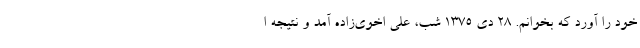
خود را آورد که بخوانم. ۲۸ دی ۱۳۷۵ شب، علی اخوی‌زاده آمد و نتیجه ا